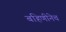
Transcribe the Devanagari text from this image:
बहिणीनेच